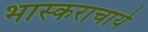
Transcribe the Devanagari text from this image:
भास्‍कराचार्य